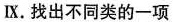
Ⅸ.找出不同类的一项